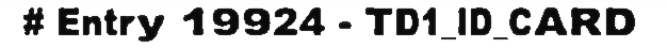
# Entry 19924 - TD1_ID_CARD